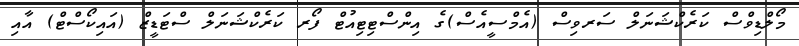
މޯލްޑިވްސް ކަރެކްޝަނަލް ސަރވިސް (އެމްސީއެސް)ގެ އިންސްޓިޓިއުޓް ފޯރ ކަރެކްޝަނަލް ސްޓަޑީޒް (އައިކޯސްޓް) އާއި